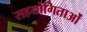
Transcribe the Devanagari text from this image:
सहयोगिताओं